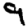
Digit: 9